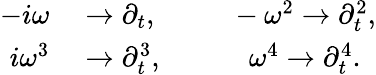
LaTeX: \begin{array}{rl}{-i\omega}&{{}\rightarrow\partial_{t},~~~~~~~~~~-\omega^{2}\rightarrow\partial_{t}^{2},}\\ {i\omega^{3}}&{{}\rightarrow\partial_{t}^{3},~~~~~~~~~~~~\omega^{4}\rightarrow\partial_{t}^{4}.}\end{array}